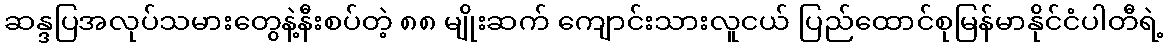
ဆန္ဒပြအလုပ်သမားတွေနဲ့နီးစပ်တဲ့ ၈၈ မျိုးဆက် ကျောင်းသားလူငယ် ပြည်ထောင်စုမြန်မာနိုင်ငံပါတီရဲ့